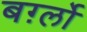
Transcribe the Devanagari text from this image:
बर्ग़्लो